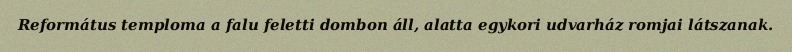
Református temploma a falu feletti dombon áll, alatta egykori udvarház romjai látszanak.